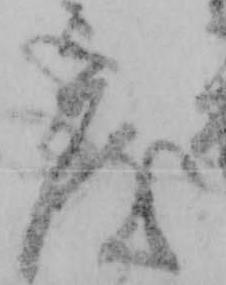
度